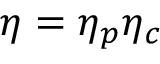
\eta = \eta _ { p } \eta _ { c }